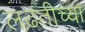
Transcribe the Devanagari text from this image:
लढतीच्या